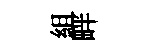
組畔